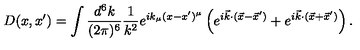
D ( x , x ^ { \prime } ) = \int { \frac { d ^ { 6 } k } { ( 2 \pi ) ^ { 6 } } } { \frac { 1 } { k ^ { 2 } } } e ^ { i k _ { \mu } ( x - x ^ { \prime } ) ^ { \mu } } \left( e ^ { i { \vec { k } } \cdot ( { \vec { x } } - { \vec { x } } ^ { \prime } ) } + e ^ { i { \vec { k } } \cdot ( { \vec { x } } + { \vec { x } } ^ { \prime } ) } \right) .